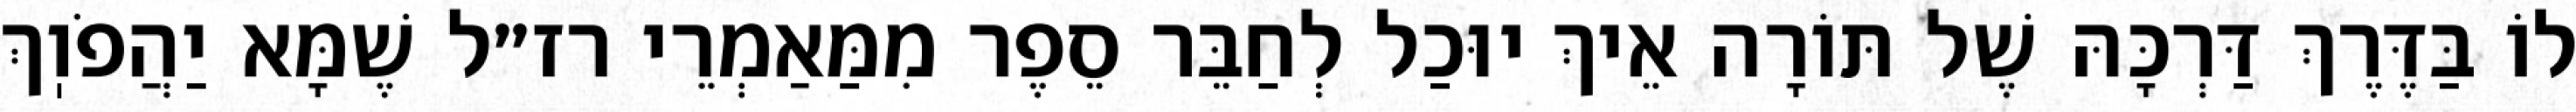
לוֹ בַּדֶּרֶךְ דַּרְכָּהּ שֶׁל תּוֹרָה אֵיךְ יוּכַל לְחַבֵּר סֵפֶר מִמַּאַמְרֵי רז״ל שֶׁמָּא יַהֲפֹוֽךְ